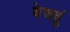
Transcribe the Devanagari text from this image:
वेचवुं